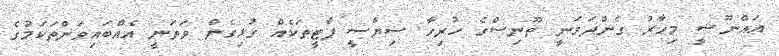
ޣައްނޫޝީ މިހާރު ގެންދަވަނީ ތޫނިސްގެ ހުރިހާ ސިޔާސީ ޕާޓީތަކެއް ގުޅިގެން ވަތަނީ އެއްބައިވަންތަކަމުގެ